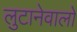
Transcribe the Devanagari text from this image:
लुटानेवालों